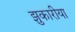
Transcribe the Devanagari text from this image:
झुकारीया